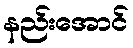
နည်းအောင်